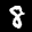
Label: 8